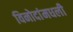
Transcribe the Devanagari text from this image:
विनोदांमधली